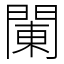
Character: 䦨